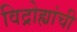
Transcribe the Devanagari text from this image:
विद्रोह्यांची